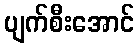
ပျက်စီးအောင်